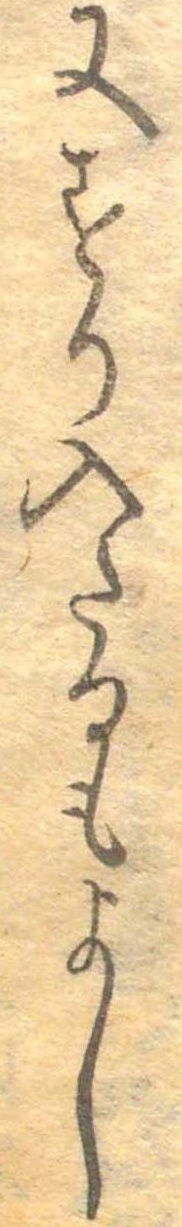
又すり入たるもよし